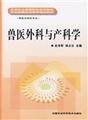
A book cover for Veterinary Surgery and Obstetrics (veterinarians and related professionals); SHI SHU JUN ?XU ZHAN YUN; Medical Books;